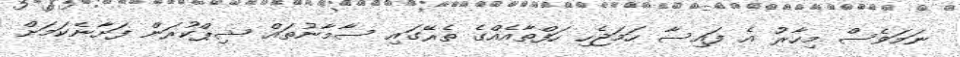
ނަމަވެސް މިހާރު އެ ފައިސާ ހަމަޖެހި ހަފްތާއެއްގެ ތެރޭގައި ސާމާނުތައް ޝިޕްކުރަން ފަށާނެކަމަށް